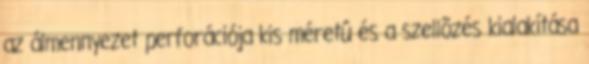
az álmennyezet perforációja kis méretû és a szellõzés kialakítása